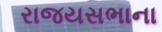
રાજયસભાના